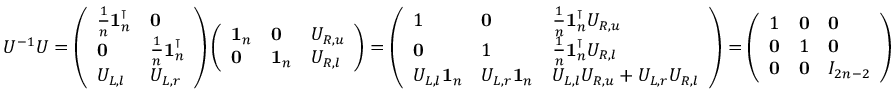
\begin{array} { r } { U ^ { - 1 } U = \left( \begin{array} { l l } { \frac { 1 } { n } \mathbf { 1 } _ { n } ^ { \intercal } } & { \mathbf { 0 } } \\ { \mathbf { 0 } } & { \frac { 1 } { n } \mathbf { 1 } _ { n } ^ { \intercal } } \\ { U _ { L , l } } & { U _ { L , r } } \end{array} \right) \left( \begin{array} { l l l } { \mathbf { 1 } _ { n } } & { \mathbf { 0 } } & { U _ { R , u } } \\ { \mathbf { 0 } } & { \mathbf { 1 } _ { n } } & { U _ { R , l } } \end{array} \right) = \left( \begin{array} { l l l } { 1 } & { \mathbf { 0 } } & { \frac { 1 } { n } \mathbf { 1 } _ { n } ^ { \intercal } U _ { R , u } } \\ { \mathbf { 0 } } & { 1 } & { \frac { 1 } { n } \mathbf { 1 } _ { n } ^ { \intercal } U _ { R , l } } \\ { U _ { L , l } \mathbf { 1 } _ { n } } & { U _ { L , r } \mathbf { 1 } _ { n } } & { U _ { L , l } U _ { R , u } + U _ { L , r } U _ { R , l } } \end{array} \right) = \left( \begin{array} { l l l } { 1 } & { \mathbf { 0 } } & { \mathbf { 0 } } \\ { \mathbf { 0 } } & { 1 } & { \mathbf { 0 } } \\ { \mathbf { 0 } } & { \mathbf { 0 } } & { I _ { 2 n - 2 } } \end{array} \right) } \end{array}